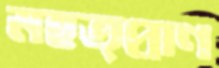
মহত্প্রাণ